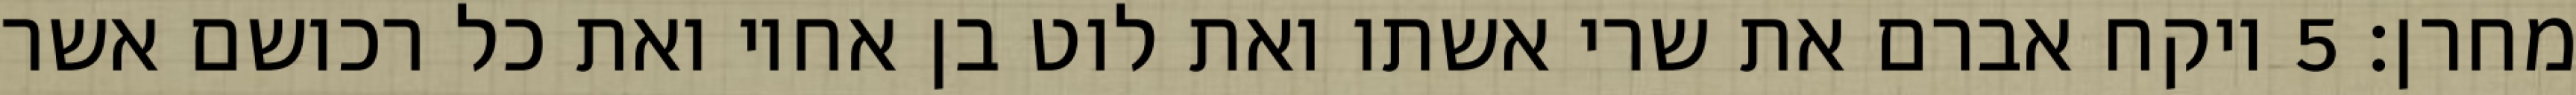
מחרן׃ ‎5‏ ויקח אברם את שרי אשתו ואת לוט בן אחיו ואת כל רכושם אשר